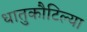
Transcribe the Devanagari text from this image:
धातुकौटिल्या